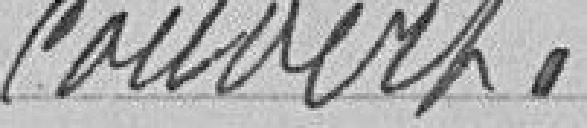
couvert.